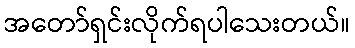
အတော်ရှင်းလိုက်ရပါသေးတယ်။